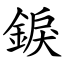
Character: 錑